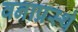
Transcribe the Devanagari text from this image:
वनाप्रस्थं